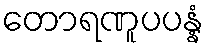
တောရဏူပပန္နံ